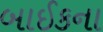
બાઈકના